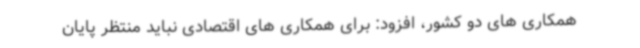
همکاری های دو کشور، افزود: برای همکاری های اقتصادی نباید منتظر پایان